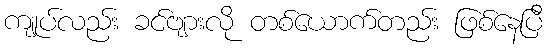
ကျုပ်လည်း ခင်ဗျားလို တစ်ယောက်တည်း ဖြစ်နေပြီ